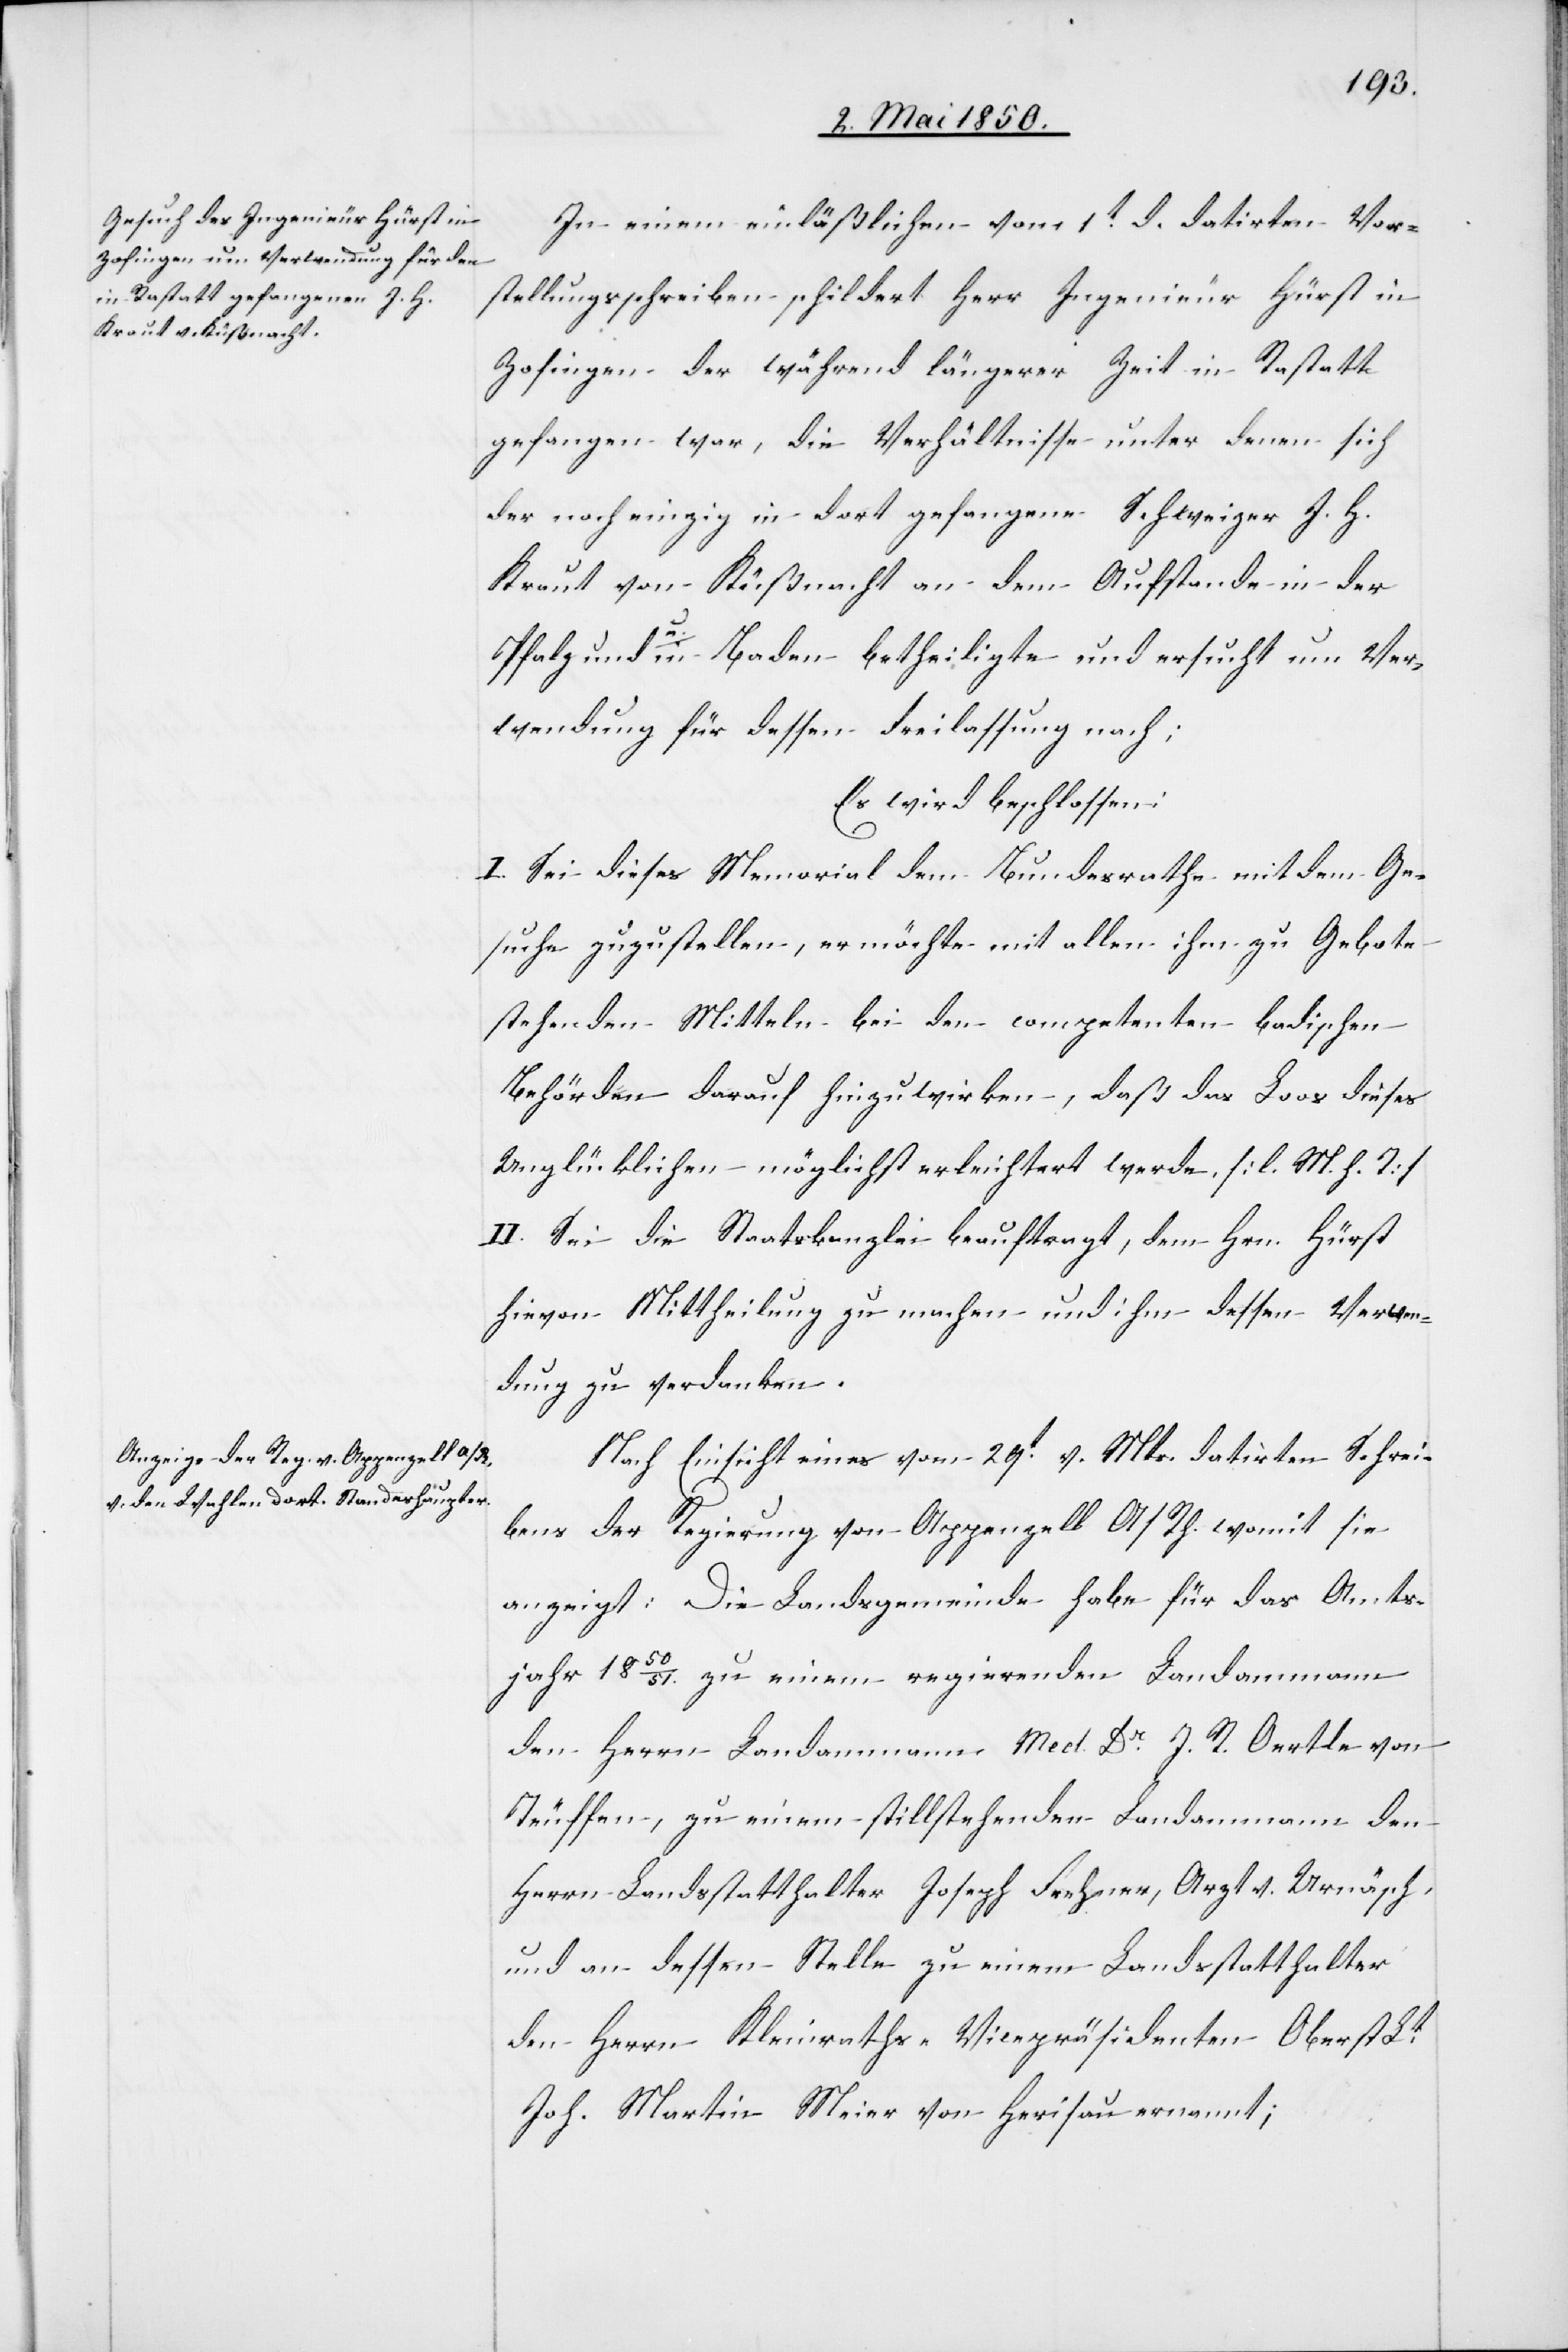
In einem einläßlichen vom 1t d. datirten Vor¬
stellungsschreiben schildert Herr Ingenieur Hürst in
Zofingen der während längerer Zeit in Rastatt
gefangen war, die Verhältnisse unter denen sich
der noch einzig in dort gefangene Schweizer J. H.
Kraut von Küßnacht an dem Aufstande in der
Pfalz und in Baden betheiligte und ersucht um Ver¬
wendung für dessen Freilassung nach:
Es wird beschlossen:
I. Sei dieses Memorial dem Bundesrathe mit dem Ge¬
suche zuzustellen, er möchte mit allen ihm zu Gebote
stehenden Mitteln bei den competenten badischen
Behörden darauf hinzuwirken [sic!], daß das Loos dieses
Unglücklichen möglichst erleichtert werde. [l. M. h. T]
II. Sei die Staatskanzlei beauftragt, dem Hrn. Hürst
hievon Mittheilung zu machen und ihm dessen Verwen¬
dung zu verdanken.
Nach Einsicht eines vom 29t v. Mts. datirten Schrei¬
bens der Regierung von Appenzell A/Rh. womit sie
anzeigt: Die Landgemeinde habe für das Amts¬
jahr 1850/51. zu einem regierenden Landammann
den Herrn Landammann Med. Dr J. R. Oertle von
Teuffen, zu einem stillstehenden Landammann den
Herrn Landsstatthalter Joseph Frehner, Arzt v. Urnäsch,
und an dessen Stelle zu einem Landsstatthalter
den Herrn Kleinraths-Vicepräsidenten Oberst Lt.
Joh. Martin Meier von Herisau ernannt;